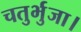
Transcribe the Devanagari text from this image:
चतुर्भुजा।